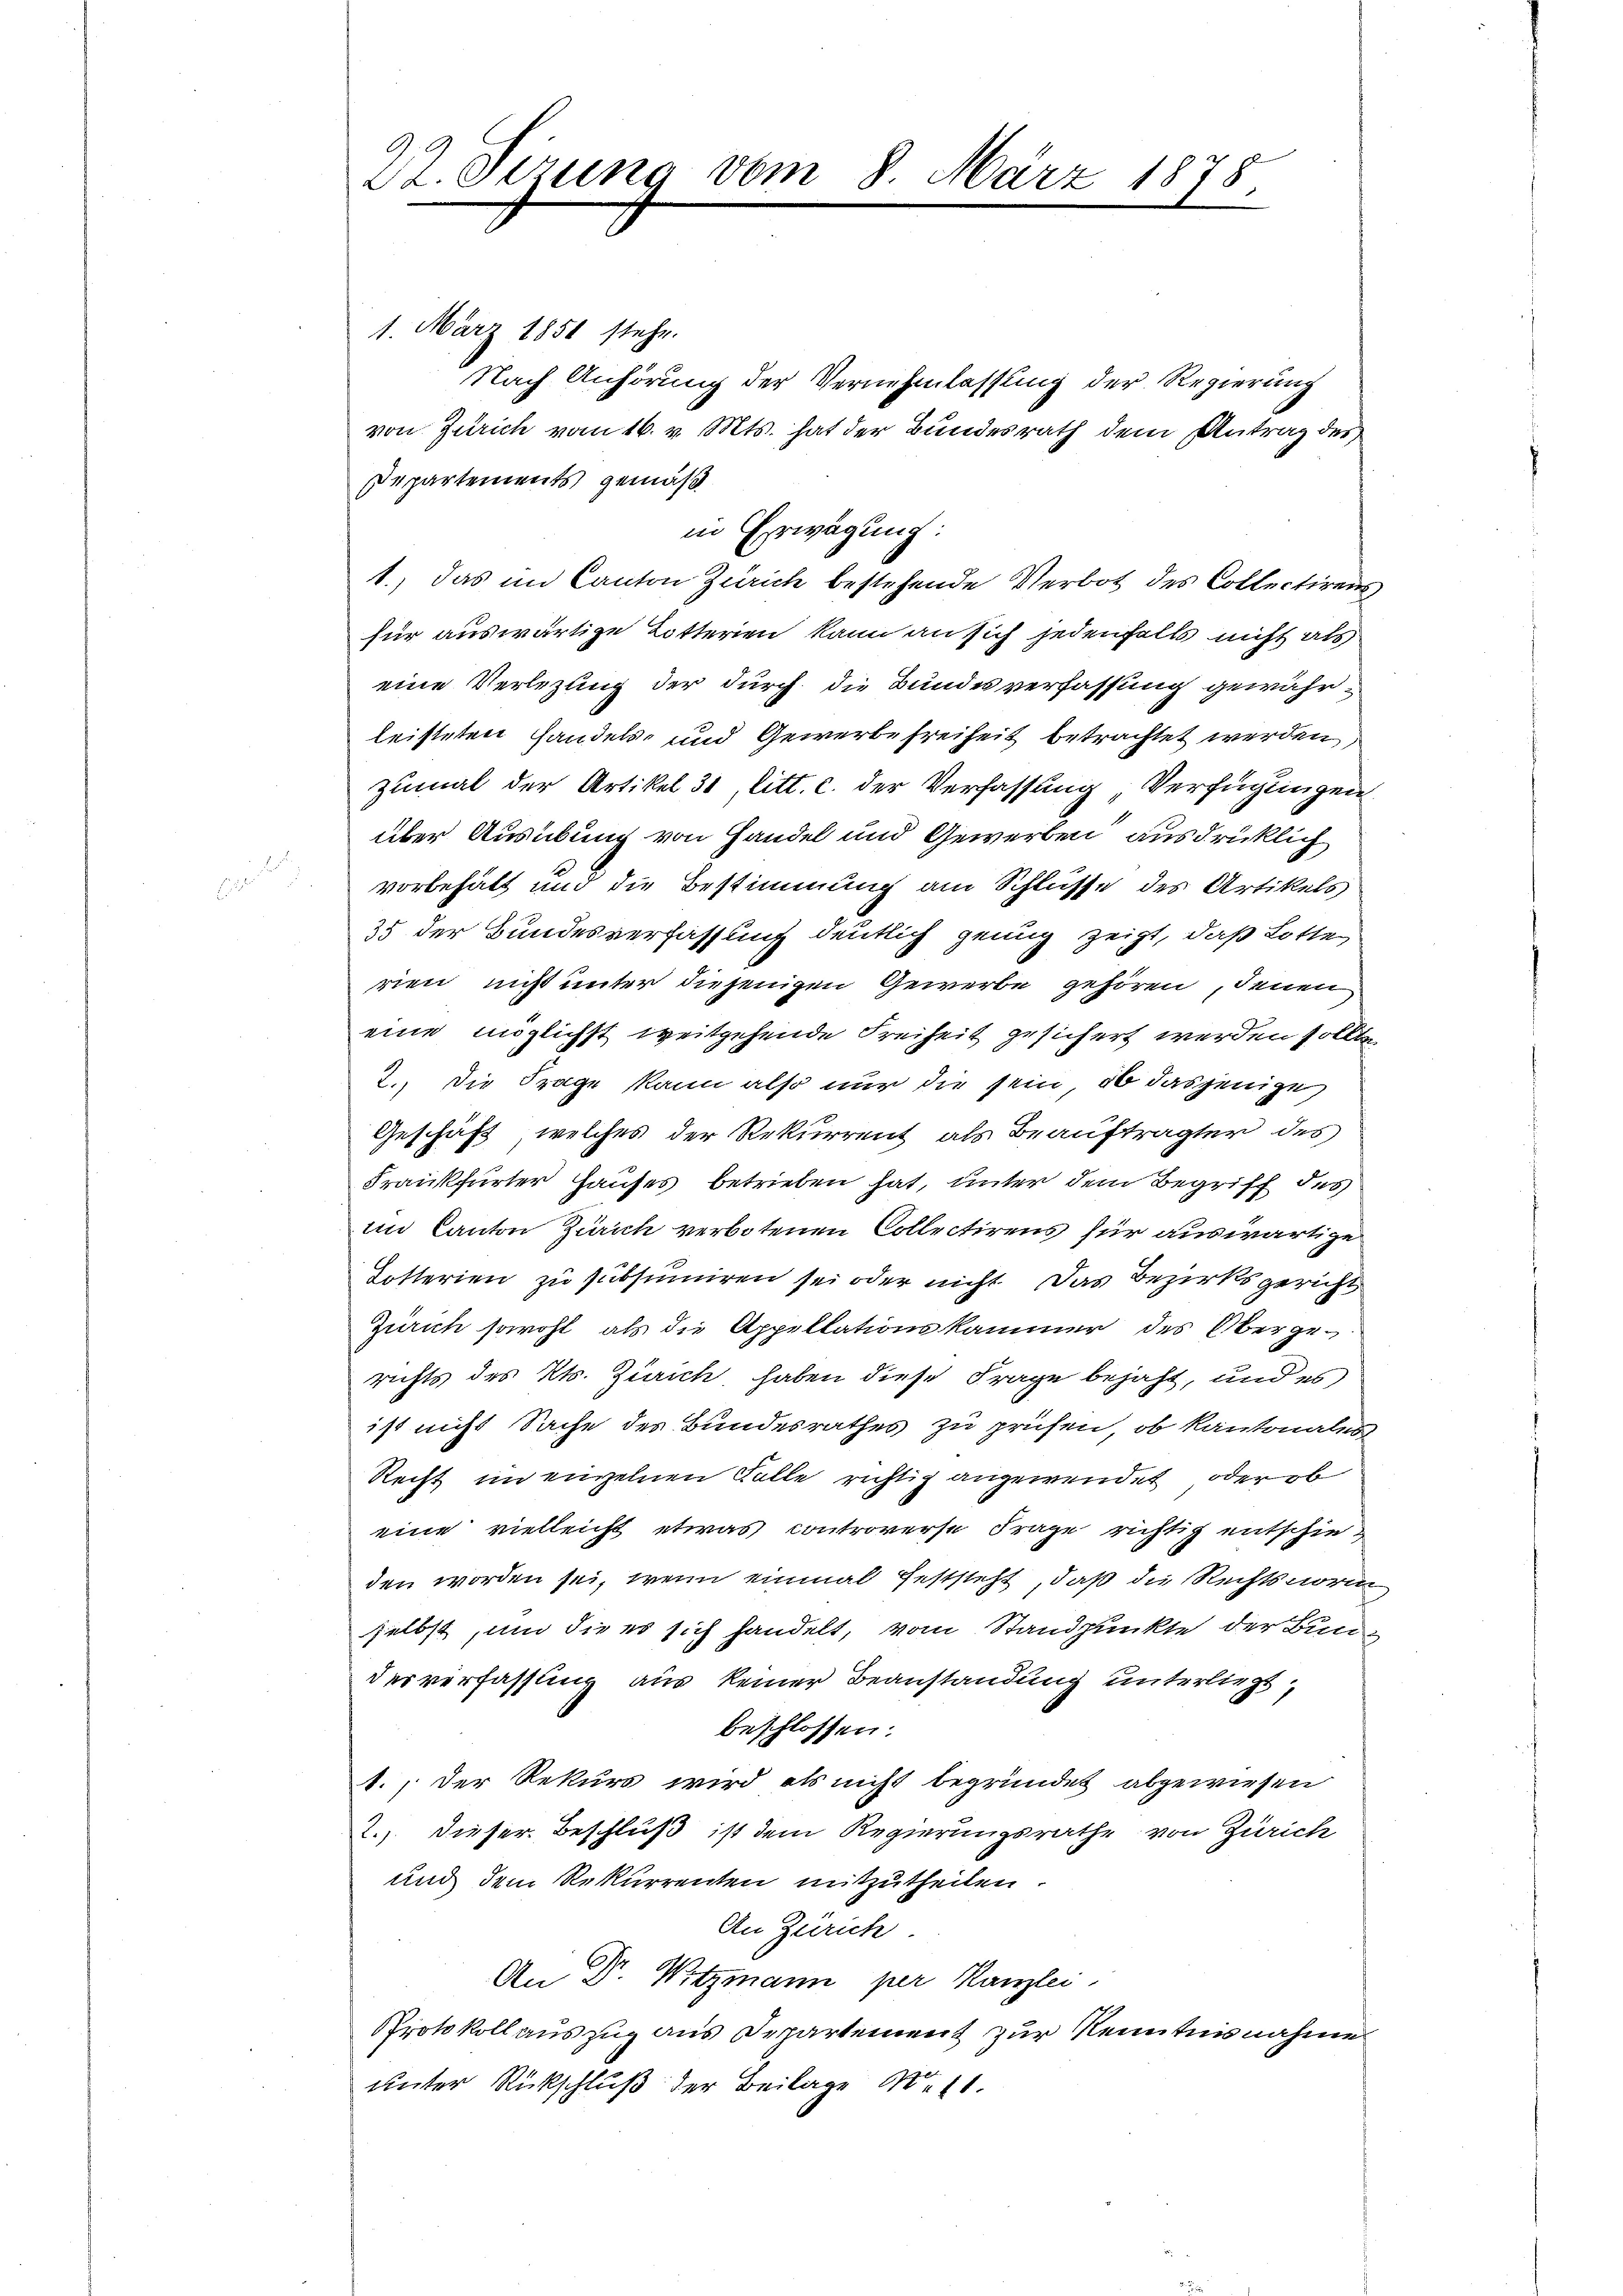
.
St. Sizung vom 8. März 1878

1. März 1851 stehe.
Nach Anhörung der Vernehmlassung der Regierung
von Zürich vom 16. v. Mts. hat der Bundesrath dem Antrag des
Departements gemäß
1.) Das im Canton Zürich bestehende Verbot des Collectirens,
für auswärtige Lotterien kann an sich jedenfalls nicht als
eine Verletzung der durch die Bundesverfassung gewährleisteten Handels- und Gewerbefreiheit betrachtet werden,
zumal der Artikel 31, litt. c. der Verfassung Verfügungen
über Ausübung von Handel und Gewerben ausdrücklich
vorbehalt und die Bestimmung am Schlüsse des Artikels
35 der Bundesverfassung deutlich genug zeigt, daß Lotte
rien, nicht unter diejenigen Gewerbe gehören, denen
eine möglichst weitgehende Freiheit gesichert werden sollte
2.) Die Frage kann also nur die sein, ob dasjenige
Geschäft, welches der Rekurrent als Beauftragter des
Frankfurter Hauses betrieben hat, unter dem Begriff des
im Canton Zürich verbotenen Collectirens für auswärtige
Dotterien zu subsumiren sei oder nicht. Das Bezirksgericht
Zürich sowohl als die Appellationskammer des Obergerichts des Kts. Zürich, haben diese Frage bejaht, und es
ist nicht Sache des Bundesrathes zu prüfen, ob kantonales
Recht im einzelnen Falle richtig angewendet oder ob
eine vielleicht etwas controverse Frage richtig entschieden worden sei, wenn einmal feststeht, daß die Rechtsnorm,
selbst, um die es sich handelt, vom Standpunkte der Bundesverfassung aus keiner Beanstandung unterliegt,
beschlossen:
1., der Rekurs wird als nicht begründet abgewiesen
2.) dieser Beschluß ist dem Regierungsrathe von Zürich
und dem Rekurrenten mitzutheilen.
An Zürich
An Dr. Witzmann per Kanzlei,
Protokoll auszug aus Departement zur Kenntnisnahme
unter Rückschluß der Beilage Wett

in Erwägung: